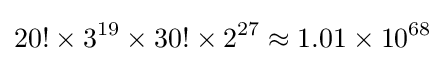
20!\times 3^{19}\times 30!\times 2^{27}\approx 1.01\times 10^{68}